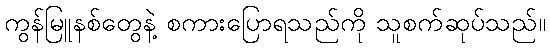
ကွန်မြူနစ်တွေနဲ့ စကားပြောရသည်ကို သူစက်ဆုပ်သည်။